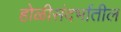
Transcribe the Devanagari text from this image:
होळीसंदर्भातील